Report of the Municipal Commissioner on the plague in Bombay for the year ending 31st May... - Volume 1
Disease focus: Plague
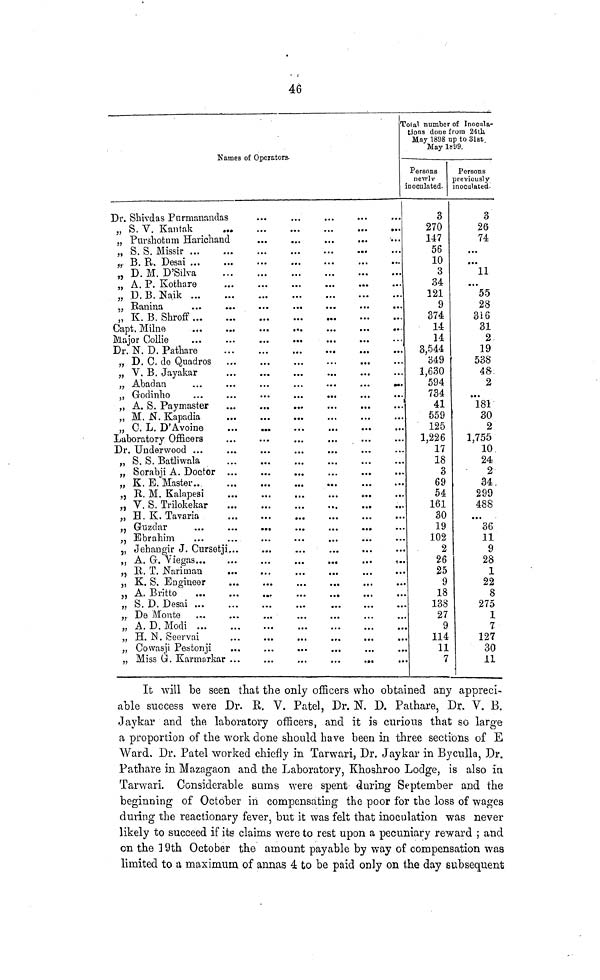
46
Names
Dr. Shivdas Parmanandas
„ S. V. Kantak ...
„ Purshotam Harichand
„S.S. Missier ... ...
„ D M D'Silva ...
„ A P. Kothare ...
„ D B Naik
...
...
„ K B Shroff ... ...
Capt. Milne
...
...
Major Collie
...
...
Dr. N. D. Pathare ...
„ D. C. de Quadros ...
„ Abadan ... ...
„ Godinho ... ...
„ C. L. D'Avoine ...
Laboratory Officers ...
Dr. Underwood ... ...
„ S. S. Batliwala ...
„ Sorabji A. Doctor ...
„ K. E. Master ... ...
„ R. M. Kalapesi ...
„ V. S. Trilokekar ...
„ H K. Tavaria ...
„ Ebrahim ... ...
„ A. G. Viegas ... ...
„ B. T. Nariman ...
„ K. S. Engineer ...
„ S. D. Desai ... ...
„ De Monte
...
...
,. A. D. Modi
...
...
„ H. N. Seervai ... ...
„ Cowasji Pestoni ... ...
„ Miss G. Karmarkar ... ...
Df Operations
Total number
tions done f
May 1898 u
May 1899.
Persons
newl v
inoculated.
3
270
147
56
10
3
34
121
9
374
14
14
3,544
349
1,630
594
734
41
559
125
1,226
17
18
3
69
54
161
30
19
102
2
26
25
9
18
138
27
9
114
11
7
of Inocnla-
rotn 24th
p to 31st
Persons
previously
inoculated-
3
26
74
11
55
28
316
31
2
19
538
48
2
• • •
181
30
2
1,755
10
24
2
34
299
488
...
36
11
9
28
1
22
8
275
1
7
127
30
11
It will be seen that the only officers who o.btained any appreci-
able success were Dr. R. V. Patel, Dr. N. D. Pathare, Dr.V . B.
Jaykar and the laboratory officers, and it is curious that so large
a proportion of the work done should have been in three sections of E
Ward. Dr. Patel worked chiefly in Tarwari, Dr. Jaykar in Byculla, Dr.
Pathare in Mazagaon and the Laboratory, Khoshroo Lodge, is also in
Tarwari. Considerable sums were spent during September and the
beginning of October in compensating the poor for the loss of wages
during the reactionary fever, but it was felt that inoculation was never
likely to succeed if its claims were to rest upon a pecuniary reward ; and
on the 19th October the amount payable by way of compensation was
limited to a maximum of annas 4 to be paid only on the day subsequent